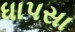
ધાપસા